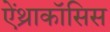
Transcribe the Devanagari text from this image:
ऐंथ्राकॉसिस